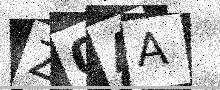
Text: Z0AA